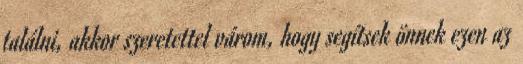
találni, akkor szeretettel várom, hogy segítsek önnek ezen az